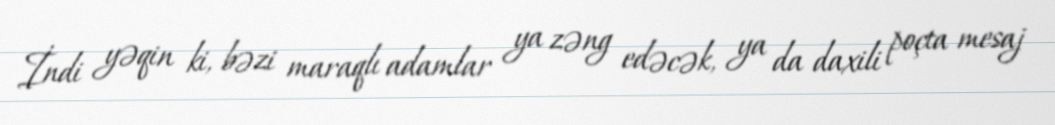
İndi yəqin ki, bəzi maraqlı adamlar ya zəng edəcək, ya da daxili poçta mesaj